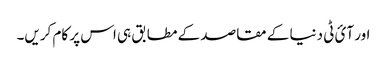
اور آئ ٹی دنیا کے مقاصد کے مطابق ہی اس پر کام کریں۔